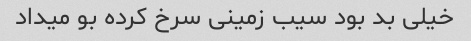
خیلی بد بود سیب زمینی سرخ کرده بو میداد